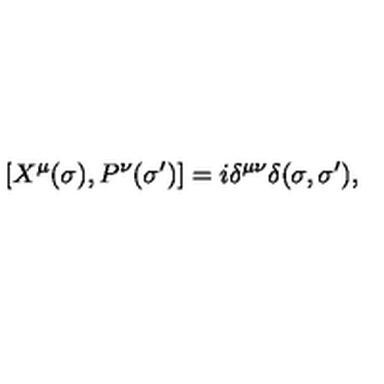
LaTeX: [ X ^ { \mu } ( \sigma ) , P ^ { \nu } ( \sigma ^ { \prime } ) ] = i \delta ^ { \mu \nu } \delta ( \sigma , \sigma ^ { \prime } ) ,